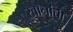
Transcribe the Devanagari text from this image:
खानांची